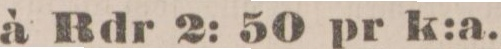
à Rdr 2: 50 pr k:a.